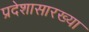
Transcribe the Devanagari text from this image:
प्रदेशासारख्या